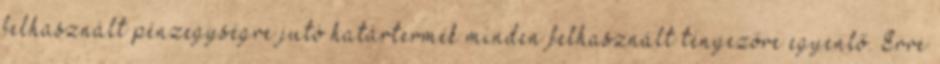
felhasznált pénzegységre jutó határtermék minden felhasznált tényezőre egyenlő. Erre